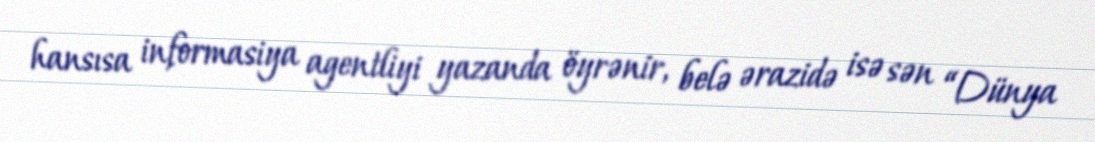
hansısa informasiya agentliyi yazanda öyrənir, belə ərazidə isə sən “Dünya